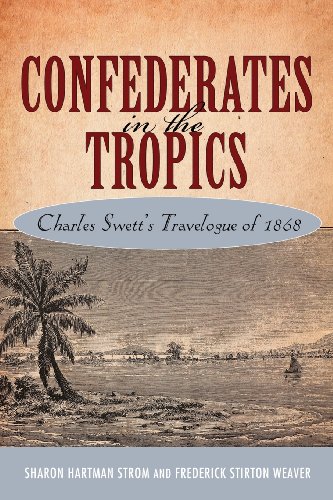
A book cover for Confederates in the Tropics: Charles Swett's Travelogue of 1868; Sharon Hartman Strom; Travel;